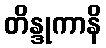
တိန္ဒုကာနိ